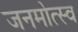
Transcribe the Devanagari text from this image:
जनमोत्स्व